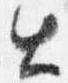
出